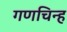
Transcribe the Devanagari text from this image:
गणचिन्ह